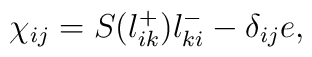
\chi_{ij} = S(l^+_{ik}  )l^-_{ki}  - \delta_{ij}  e ,